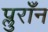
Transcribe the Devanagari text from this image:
प्लुराँन